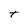
Character: t